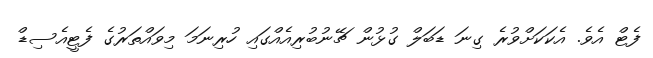
ފެޓް އެވެ. އެކަކަށްވުރެ ގިނަ ޑަބަލް ގުޅުން ޗޭނުބުރިއެއްގައި ހުރިނަމަ މިވައްތަރުގެ ފެޓީއެސިޑް